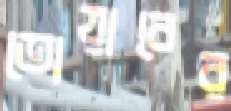
তোয়াবের